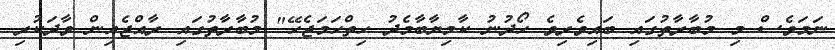
ނަމަވެސް މި މުބާރާތުގައި ބައިވެރިވެ ހޯދުނު ކާމިޔާބާމެދު ހިތްހަމަޖެހޭ" މުބާރާތުގައި ރާއްޖެއިން ވާދަކުރި